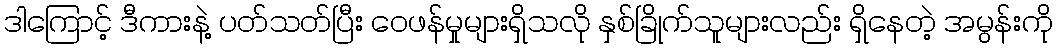
ဒါကြောင့် ဒီကားနဲ့ ပတ်သတ်ပြီး ဝေဖန်မှုများရှိသလို နှစ်ခြိုက်သူများလည်း ရှိနေတဲ့ အမွန်းကို